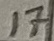
Text: 17